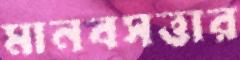
মানবসত্তার